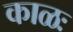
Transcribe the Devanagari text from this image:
काळः